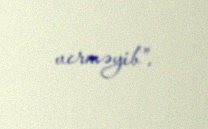
verməyib”.